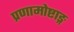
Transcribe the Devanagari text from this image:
प्रणामोष्टाङ्ग